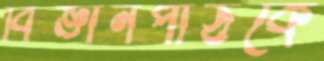
বিজ্ঞানপাঠকে